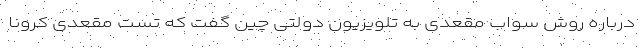
درباره روش سواب مقعدی به تلویزیون دولتی چین گفت که تست مقعدی کرونا